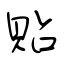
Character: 貼